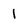
Character: 1